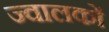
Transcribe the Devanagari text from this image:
ज्वालकों